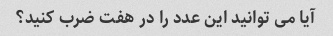
آیا می توانید این عدد را در هفت ضرب کنید؟